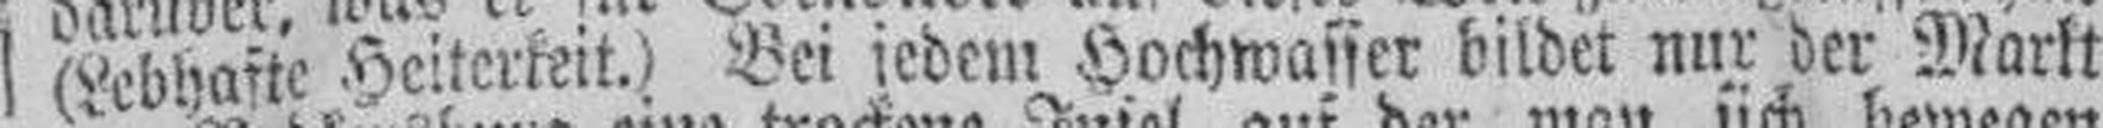
(Lebhafte Heiterkeit.) Bei jedem Hochwasser bildet nur der Markt